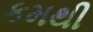
કમથી